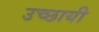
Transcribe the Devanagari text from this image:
उच्छायी